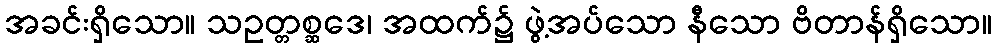
အခင်းရှိသော။ သဥတ္တစ္ဆဒေ၊ အထက်၌ ဖွဲ့အပ်သော နီသော ဗိတာန်ရှိသော။